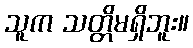
သူက သတ္တိမရှိဘူး။